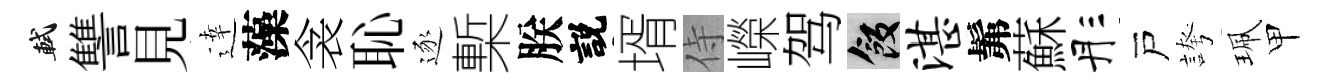
軾讐見逹藻衾恥逐槧朕説壻侍嶸驾飯湛髴蘇彤戸誇珮甲